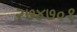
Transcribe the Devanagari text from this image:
२७४७०१